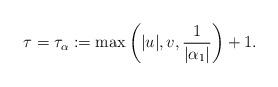
LaTeX: \begin{align*}\tau=\tau_\alpha:=\max\left(|u|,v,\frac{1}{|\alpha_1|}\right)+1.\end{align*}